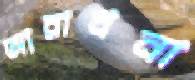
আরাধনা